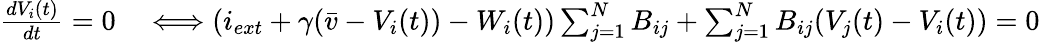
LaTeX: \begin{array}{rl}{\frac{dV_{i}(t)}{dt}=0}&{{}\Longleftrightarrow(i_{ext}+\gamma(\bar{v}-V_{i}(t))-W_{i}(t))\sum_{j=1}^{N}B_{ij}+\sum_{j=1}^{N}B_{ij}(V_{j}(t)-V_{i}(t))=0}\end{array}